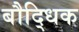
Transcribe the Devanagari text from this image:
बौदि्धक